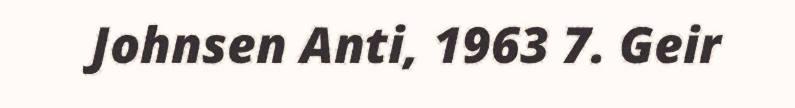
Johnsen Anti, 1963 7. Geir